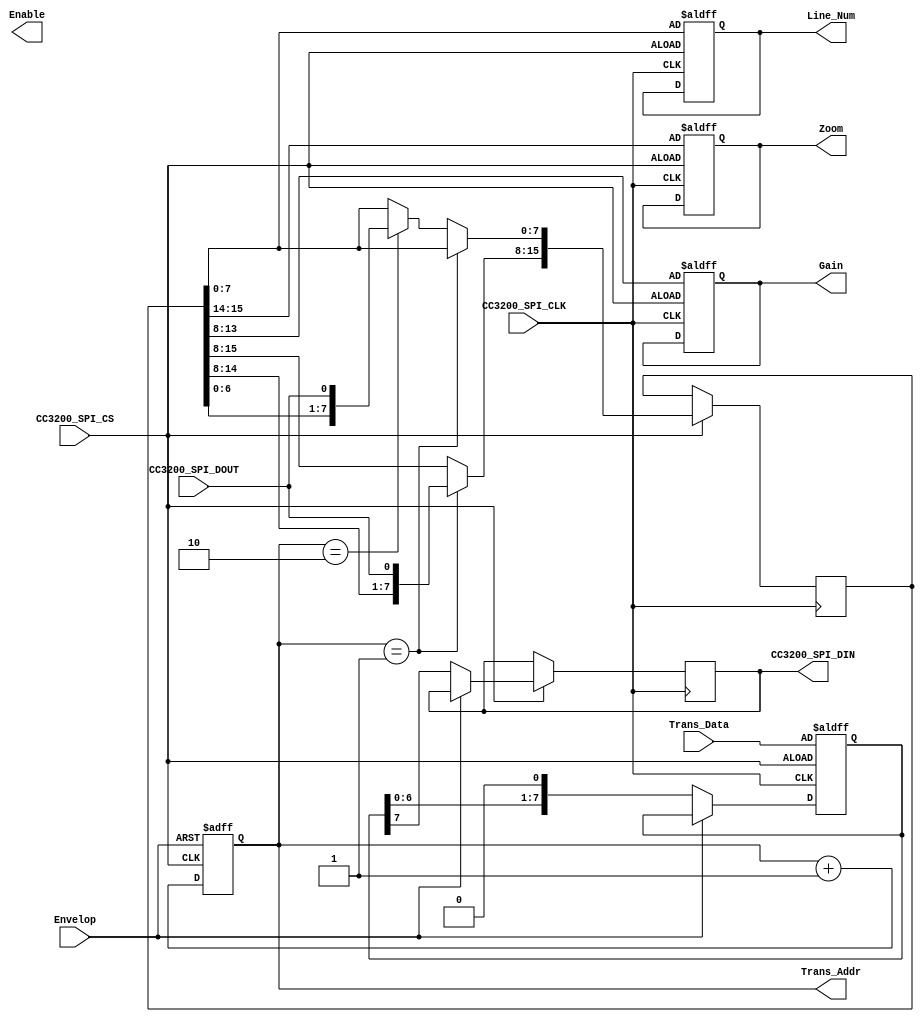
module ComWithCC3200(
	input               CC3200_SPI_CLK,
	input               CC3200_SPI_CS,
	output reg          CC3200_SPI_DIN,
	input               CC3200_SPI_DOUT,
	input               Envelop,
	output reg [7:0]    Line_Num, 
	output reg          Enable,
	output reg [1:0]    Zoom,
	output reg [5:0]    Gain,
	input  [7:0]        Trans_Data,
	output reg [8:0]    Trans_Addr

);

	 reg [15:0] Config_Data_Shift;
	 
    reg [3:0] SPI_Counter;
	 
    reg [7:0] Shift_Data;
    
    
    //write   
    
	always @(posedge CC3200_SPI_CLK or negedge CC3200_SPI_CS )
	begin
		if(~CC3200_SPI_CS) 
		    begin
			//Enable <= Config_Data_Shift[7];
			Line_Num  <= Config_Data_Shift[7:0];
			Zoom      <= Config_Data_Shift[15:14];
			Gain      <= Config_Data_Shift[13:8];
		 end
		else begin
			if(Trans_Addr == 9'd1 ) begin // wr
				Config_Data_Shift[15:8] <={Config_Data_Shift[14:8],CC3200_SPI_DOUT};
			end
			else if(Trans_Addr == 9'd2 ) begin //wr
				Config_Data_Shift[7:0] <={Config_Data_Shift[6:0],CC3200_SPI_DOUT} ;
			end
		end
	end
	
	
	
    //read
    
	always @(negedge CC3200_SPI_CLK or negedge CC3200_SPI_CS ) begin
		if(~CC3200_SPI_CS) begin
			SPI_Counter <= 8'd0;
			Shift_Data <=Trans_Data;	
		end
		else begin
			if(~Envelop) begin   //rd
				SPI_Counter <= SPI_Counter + 1'b1;
				CC3200_SPI_DIN <= Shift_Data[7];
				Shift_Data <= Shift_Data <<1;
			end
		end
	end	
	
	
	always @(posedge CC3200_SPI_CS or posedge Envelop) begin       //cs  8 bit once
		if(Envelop) begin
			Trans_Addr  <= 9'd0;
		end
		else begin
			Trans_Addr <= Trans_Addr + 1'b1;
		end
	end	
	

	
	
endmodule